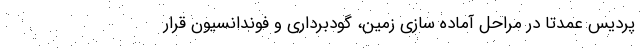
پردیس عمدتا در مراحل آماده سازی زمین، گودبرداری و فوندانسیون قرار